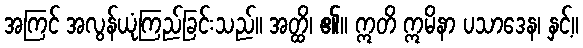
အကြင် အလွန်ယုံကြည်ခြင်းသည်။ အတ္ထိ၊ ၏။ ဣတိ ဣမိနာ ပသာဒေန၊ နှင့်။